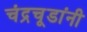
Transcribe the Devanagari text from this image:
चंद्रचूडांनी